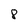
Character: 8